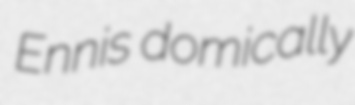
Ennis domically